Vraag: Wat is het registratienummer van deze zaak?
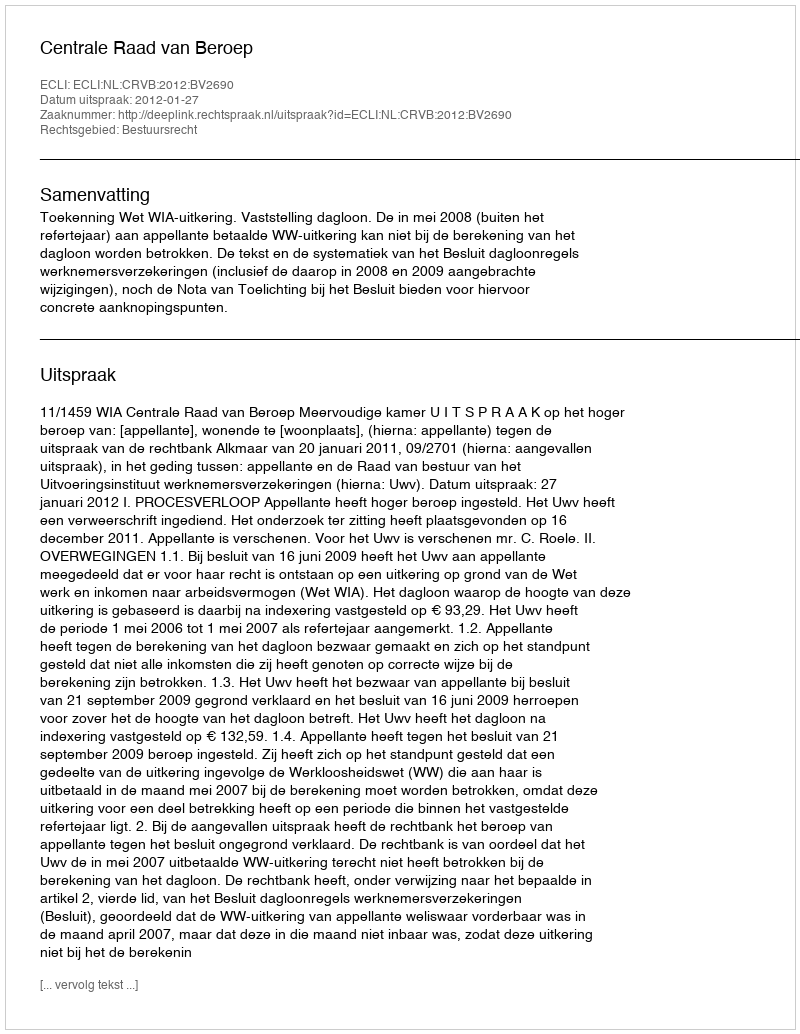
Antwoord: http://deeplink.rechtspraak.nl/uitspraak?id=ECLI:NL:CRVB:2012:BV2690